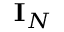
{ \mathbf { I } } _ { N }